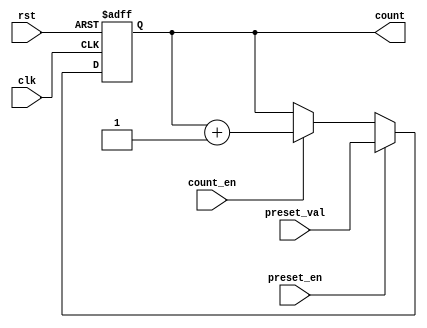
module presettable_counter #(
    parameter WIDTH = 4,             // Counter width
    parameter RESET_VALUE = 0        // Reset value
) (
    input clk,                       // Clock input
    input rst,                       // Asynchronous reset
    input preset_en,                 // Preset enable
    input [WIDTH-1:0] preset_val,    // Preset value
    input count_en,                  // Count enable
    output reg [WIDTH-1:0] count     // Current counter value
);

// Internal counter register
reg [WIDTH-1:0] count_reg;

// Always block for synchronous logic
always @(posedge clk or posedge rst) begin
    if (rst) begin
        // Asynchronous reset
        count_reg <= RESET_VALUE;   
    end else if (preset_en) begin
        // Load preset value
        count_reg <= preset_val;     
    end else if (count_en) begin
        // Increment counter with wrap around
        count_reg <= count_reg + 1;
    end
end

// Assigning the internal register to output
always @(*) begin
    count = count_reg;
end

endmodule